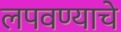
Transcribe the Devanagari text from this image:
लपवण्याचे